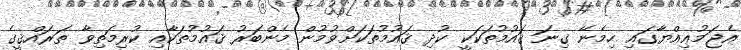
އެޖަމުޢިއްޔާގައި ހިމެނޭ ގިނަ ޤައުުމުތަކަކީ ކުދި ޤައުމުތަކަށްވުމުން މެންބަރު ޤައުމުތަކާއި ކުރިމަތިވާ ތަރައްޤީގެ